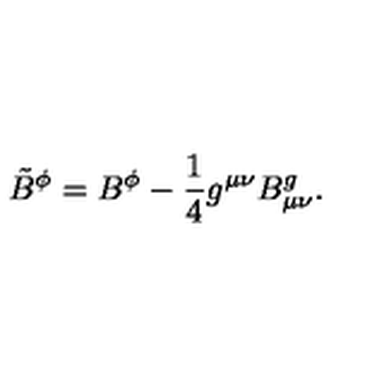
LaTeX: { \tilde { B } } ^ { \phi } = B ^ { \phi } - \frac { 1 } { 4 } g ^ { \mu \nu } B _ { \mu \nu } ^ { g } .